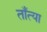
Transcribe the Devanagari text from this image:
ताँत्या